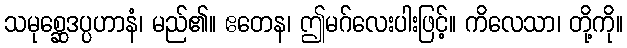
သမုစ္ဆေဒပ္ပဟာနံ၊ မည်၏။ ဧတေန၊ ဤမဂ်လေးပါးဖြင့်။ ကိလေသာ၊ တို့ကို။